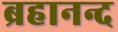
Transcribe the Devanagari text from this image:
ब्रहानन्द